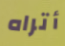
أتراه